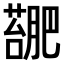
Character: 𫉳